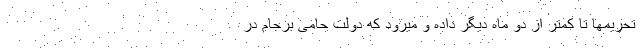
تحریمها تا کمتر از دو ماه دیگر داده و میرود که دولت حامی برجام در